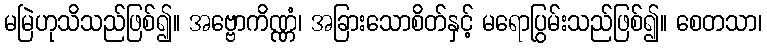
မမြဲဟုသိသည်ဖြစ်၍။ အဗ္ဗောကိဏ္ဏံ၊ အခြားသောစိတ်နှင့် မရောပြွမ်းသည်ဖြစ်၍။ စေတသာ၊